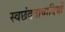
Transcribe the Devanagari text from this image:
स्वछंदतावादियों